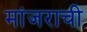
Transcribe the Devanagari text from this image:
मांजराची